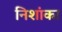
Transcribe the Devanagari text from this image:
निशांका